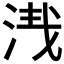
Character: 𣴮